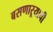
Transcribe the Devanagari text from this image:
बसणाऱ्याची